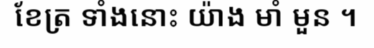
ខែត្រ ទាំងនោះ យ៉ាង មាំ មួន ។